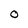
Character: o